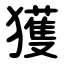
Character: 獲